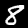
Label: 8